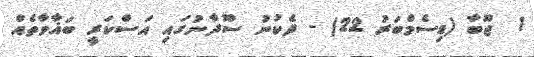
1  ޖޫބާ (ޑިސެމްބަރު 22) - ދެކުނު ސޫދާނުގައި އަސްކަރީ ބަޣާވާތެއް